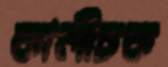
কালীচক